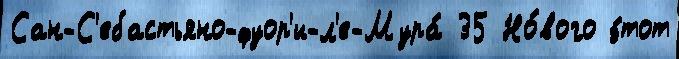
Сан-С'ебастьяно-фуор'и-л'е-Мура́ 35 Но́вого э́тот